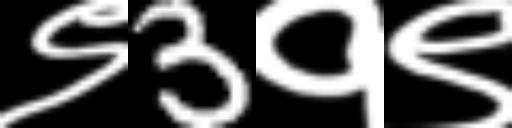
Text: ९3१९